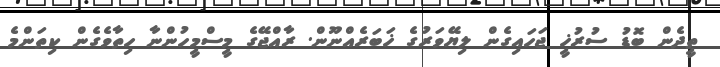
ތީދެން ބޮޑު ސުރުޚީ ޖަހައިގެން ލިޔޭވަރުގެ ޚަބަރެއްނޫން. ރާއްޖޭގެ މީސްމީހުންނާ ހިތާވެގެން ކިތަންމެ